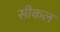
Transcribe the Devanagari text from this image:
सीकल